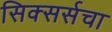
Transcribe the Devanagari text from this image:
सिक्सर्सचा